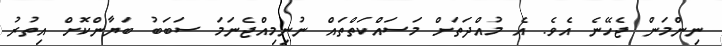
ނިންމަން ޖެހޭނެ އެވެ. އެ މުއްދަތަށް މަސައްކަތްތައް ނުނިމިއްޖެނަމަ ސަބަބު ބަޔާންކޮށް އިތުރު